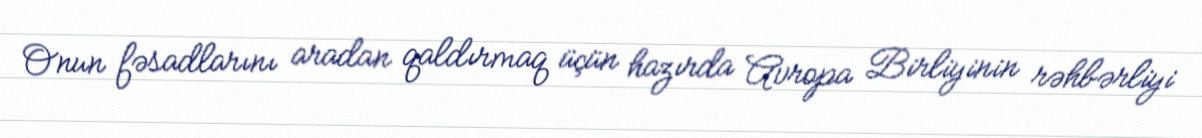
Onun fəsadlarını aradan qaldırmaq üçün hazırda Avropa Birliyinin rəhbərliyi